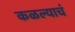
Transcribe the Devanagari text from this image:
कळल्याचं